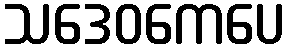
သဒေဝကေပေ